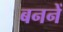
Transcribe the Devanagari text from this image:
बननें